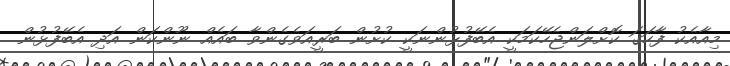
މިއާއެކު ފާހަގަ ކޮށްލަންޖެހޭކަމަކީ އެބޭފުޅުންނަކީ ކުށުން ބަރީއަވެގެންވާ ބައެއް ނޫންކަން އަދި އެބޭފުޅުން